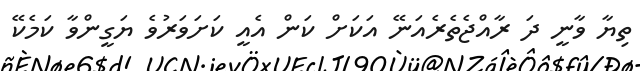
ތިޔާ ވާނީ ދަ ރާއްޖެތެރެއަނޭ އަކަށް ކަން އެއީ ކަށަވަރުވެ ޔަގީންވާ ކަމެކޭ